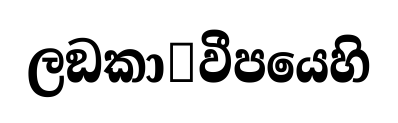
ලඞකා෾වීපයෙහි